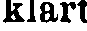
klart